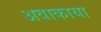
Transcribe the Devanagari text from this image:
अवाकाया